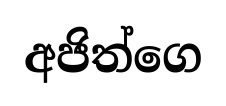
අජිත්ගෙ